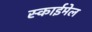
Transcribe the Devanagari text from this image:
स्काईमेल